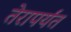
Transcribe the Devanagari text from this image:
तेरापर्यंत